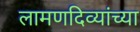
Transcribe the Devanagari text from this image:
लामणदिव्यांच्या